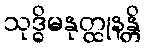
သုဒ္ဓိမနုတ္ထုနန္တိ